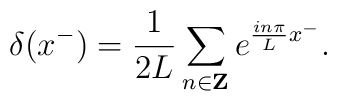
\delta(x^-)=\frac{1}{2L}\sum_{n \in {\bf Z}} e^{\frac{in\pi}{L}x^-}.